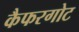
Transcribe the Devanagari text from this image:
कैफरगोट